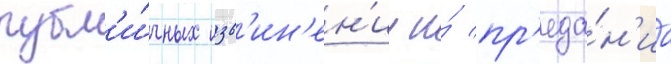
публ'и́чных изв'ин'ен'ии и́ пр'еда́н'иа